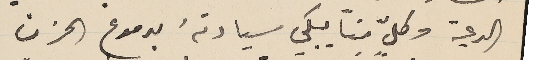
الرعية وكلّ منا ييكي سيادتهُ بدموع الحزن